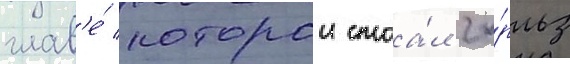
глав'е́ которои стоа́л ча́рльз